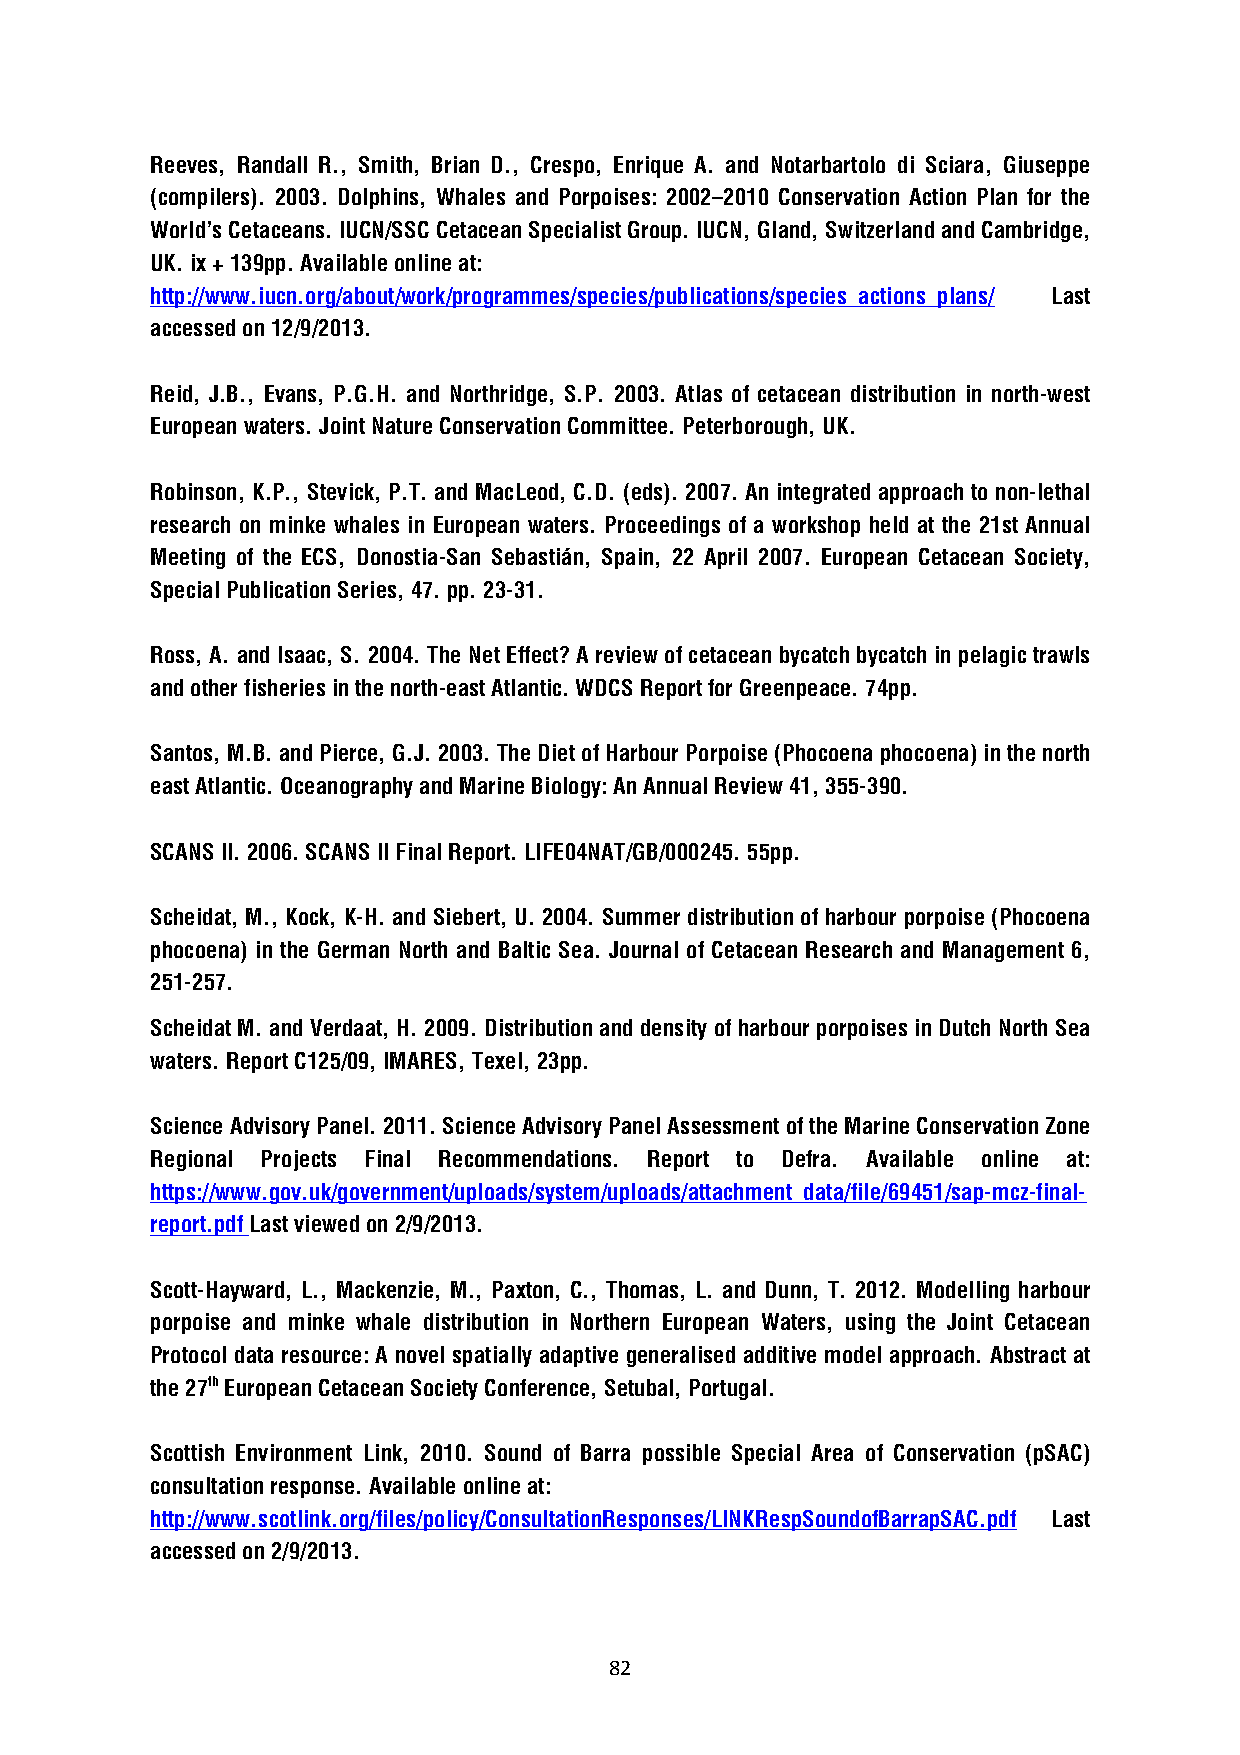
Reeves, Randall R., Smith, Brian D., Crespo, Enrique A. and Notarbartolo di Sciara, Giuseppe
 (compilers). 2003. Dolphins, Whales and Porpoises: 2002–2010 Conservation Action Plan for the
 World’s Cetaceans. IUCN/SSC Cetacean Specialist Group. IUCN, Gland, Switzerland and Cambridge,
 UK. ix + 139pp. Available online at:
 http://www.iucn.org/about/work/programmes/species/publications/species_actions_plans/ Last
 accessed on 12/9/2013.
 Reid, J.B., Evans, P.G.H. and Northridge, S.P. 2003. Atlas of cetacean distribution in north-west
 European waters. Joint Nature Conservation Committee. Peterborough, UK.
 Robinson, K.P., Stevick, P.T. and MacLeod, C.D. (eds). 2007. An integrated approach to non-lethal
 research on minke whales in European waters. Proceedings of a workshop held at the 21st Annual
 Meeting of the ECS, Donostia-San Sebastián, Spain, 22 April 2007. European Cetacean Society,
 Special Publication Series, 47. pp. 23-31.
 Ross, A. and Isaac, S. 2004. The Net Effect? A review of cetacean bycatch bycatch in pelagic trawls
 and other fisheries in the north-east Atlantic. WDCS Report for Greenpeace. 74pp.
 Santos, M.B. and Pierce, G.J. 2003. The Diet of Harbour Porpoise (Phocoena phocoena) in the north
 east Atlantic. Oceanography and Marine Biology: An Annual Review 41, 355-390.
 SCANS II. 2006. SCANS II Final Report. LIFE04NAT/GB/000245. 55pp.
 Scheidat, M., Kock, K-H. and Siebert, U. 2004. Summer distribution of harbour porpoise (Phocoena
 phocoena) in the German North and Baltic Sea. Journal of Cetacean Research and Management 6,
 251-257.
 Scheidat M. and Verdaat, H. 2009. Distribution and density of harbour porpoises in Dutch North Sea
 waters. Report C125/09, IMARES, Texel, 23pp.
 Science Advisory Panel. 2011. Science Advisory Panel Assessment of the Marine Conservation Zone
 Regional Projects Final Recommendations. Report to Defra. Available online at:
 https://www.gov.uk/government/uploads/system/uploads/attachment_data/file/69451/sap-mcz-final-
 report.pdf Last viewed on 2/9/2013.
 Scott-Hayward, L., Mackenzie, M., Paxton, C., Thomas, L. and Dunn, T. 2012. Modelling harbour
 porpoise and minke whale distribution in Northern European Waters, using the Joint Cetacean
 Protocol data resource: A novel spatially adaptive generalised additive model approach. Abstract at
 the 27th European Cetacean Society Conference, Setubal, Portugal.
 Scottish Environment Link, 2010. Sound of Barra possible Special Area of Conservation (pSAC)
 consultation response. Available online at:
 http://www.scotlink.org/files/policy/ConsultationResponses/LINKRespSoundofBarrapSAC.pdf Last
 accessed on 2/9/2013.
 82